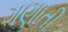
ગણાતી